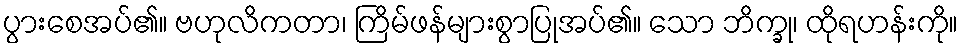
ပွားစေအပ်၏။ ဗဟုလိကတာ၊ ကြိမ်ဖန်များစွာပြုအပ်၏။ သော ဘိက္ခု၊ ထိုရဟန်းကို။